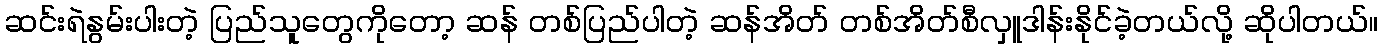
ဆင်းရဲနွမ်းပါးတဲ့ ပြည်သူတွေကိုတော့ ဆန် တစ်ပြည်ပါတဲ့ ဆန်အိတ် တစ်အိတ်စီလှူဒါန်းနိုင်ခဲ့တယ်လို့ ဆိုပါတယ်။